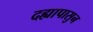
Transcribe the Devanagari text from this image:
दह्यापासुन